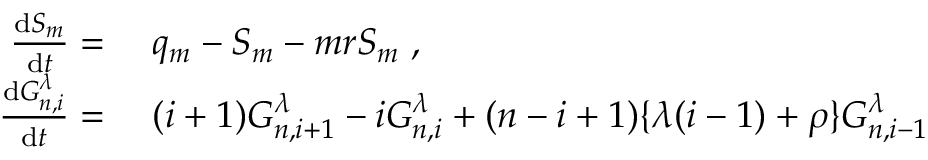
\begin{array} { r l } { \frac { \mathrm { d } S _ { m } } { \mathrm { d } t } = } & { { } \; q _ { m } - S _ { m } - m r S _ { m } \; , } \\ { \frac { \mathrm { d } G _ { n , i } ^ { \lambda } } { \mathrm { d } t } = } & { { } \; ( i + 1 ) G _ { n , i + 1 } ^ { \lambda } - i G _ { n , i } ^ { \lambda } + ( n - i + 1 ) \lbrace \lambda ( i - 1 ) + \rho \rbrace G _ { n , i - 1 } ^ { \lambda } } \end{array}